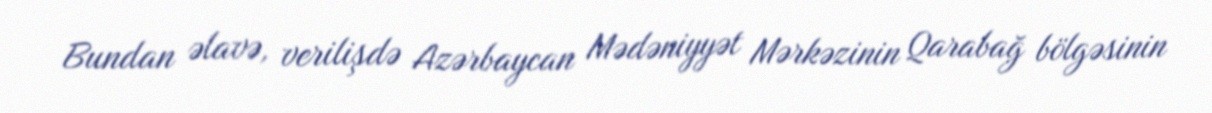
Bundan əlavə, verilişdə Azərbaycan Mədəniyyət Mərkəzinin Qarabağ bölgəsinin